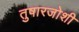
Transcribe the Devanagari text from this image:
तुषारजोशी